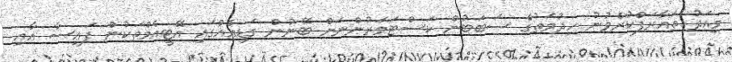
މިއަދު ތައާރަފްކުރެވުނު ހިދުމަތުގެ ސަބަބުން ކަސްޓަމަރުންނަށް ބޭނުން ގަޑިއެއްގައި އޭޓީއެމްތަކުން ފައިސާ އާއި